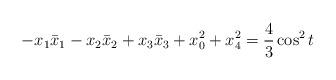
LaTeX: \begin{align*}-x_{1}\bar{x}_1-x_{2}\bar{x}_2+x_{3}\bar{x}_3+x_{0}^{2}+x_{4}^{2} = \frac{4}{3} \cos^2t\end{align*}